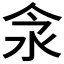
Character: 𣲎